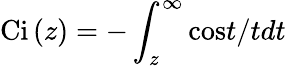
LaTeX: \mathrm{Ci}\left(z\right)=-\int_{z}^{\infty}\mathrm{cos}t/tdt